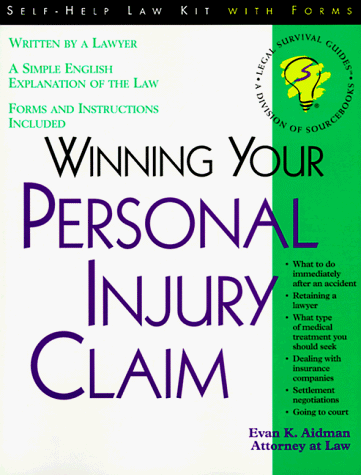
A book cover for Winning Your Personal Injury Claim: With Sample Forms and Worksheets (Self-Help Law Kit With Forms); Evan K. Aidman; Law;